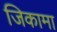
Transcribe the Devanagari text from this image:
जिकामा